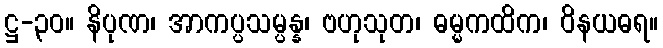
ဋ္ဌ-၃၀။ နိပုဏ၊ အာကပ္ပသမ္ပန္န၊ ဗဟုသုတ၊ ဓမ္မကထိက၊ ဝိနယဓရ။